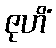
ဇုဟိံ